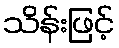
သိန်းဖြင့်